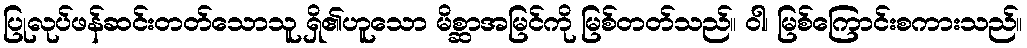
ပြုလုပ်ဖန်ဆင်းတတ်သောသူ ရှိ၏ဟူသော မိစ္ဆာအမြင်ကို မြစ်တတ်သည်။ ဝါ၊ မြစ်ကြောင်းစကားသည်။